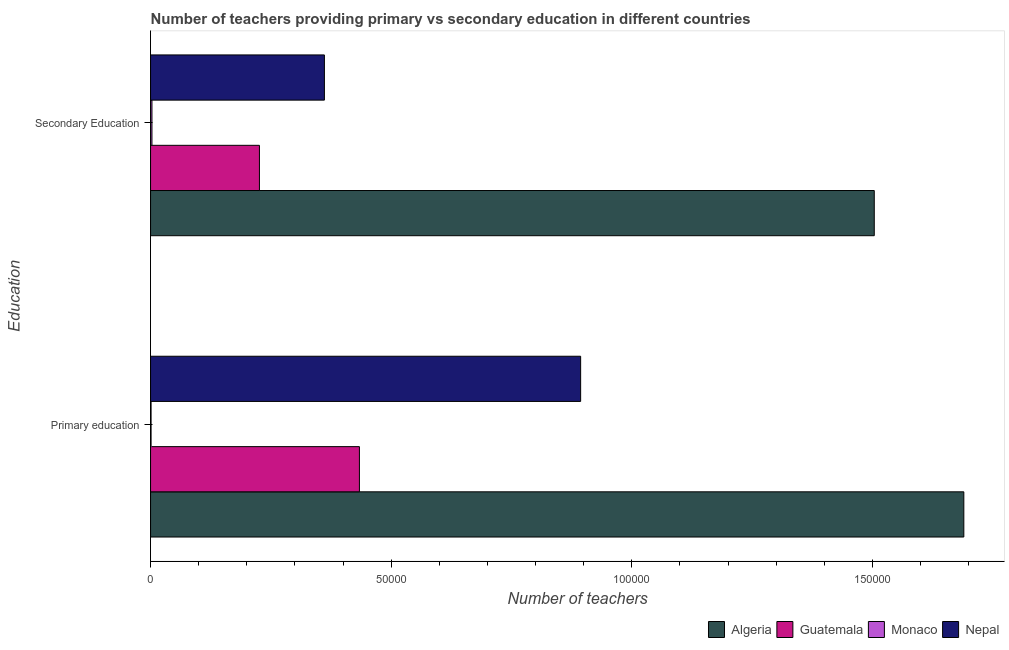
| Education | Algeria | Guatemala | Monaco | Nepal |
 | --- | --- | --- | --- | --- |
 | Primary education | 1.69e+05 | 4.34e+04 | 102 | 8.94e+04 |
 | Secondary Education | 1.5e+05 | 2.26e+04 | 287 | 3.61e+04 |